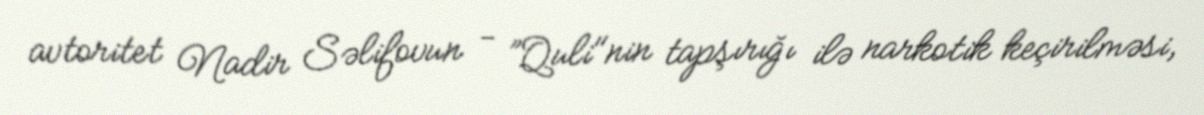
avtoritet Nadir Səlifovun - ”Quli"nin tapşırığı ilə narkotik keçirilməsi,